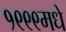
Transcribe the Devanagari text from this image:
१९९९मधे